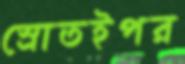
স্রোতইপর